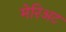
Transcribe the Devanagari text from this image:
मेरिअट